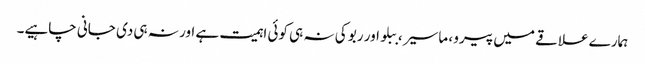
ہمارے علاقے میں پیرو ، ماسیر ، ببلو اور ربو کی نہ ہی کوئی اہمیت ہے اور نہ ہی دی جانی چاہیے۔